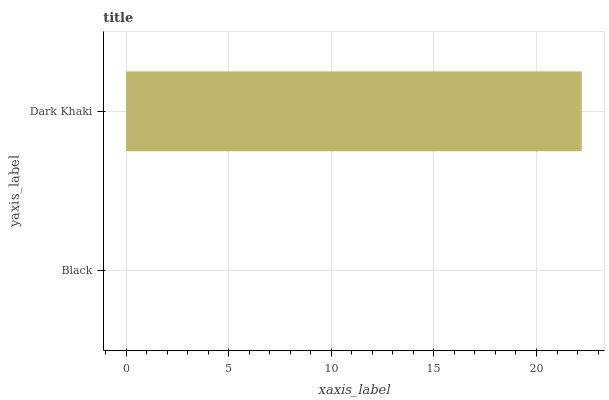
| yaxis_label | bars |
 | --- | --- |
 | Black | 0 |
 | Dark Khaki | 22.2 |